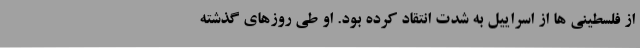
از فلسطینی ها از اسراییل به شدت انتقاد کرده بود. او طی روزهای گذشته